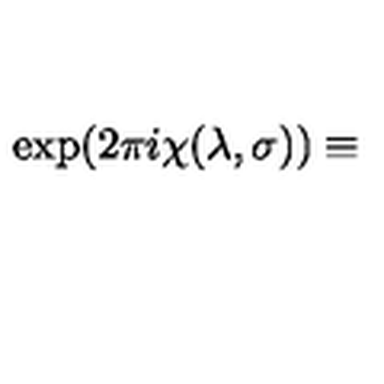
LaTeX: \exp ( 2 \pi i \chi ( \lambda , \sigma ) ) \equiv